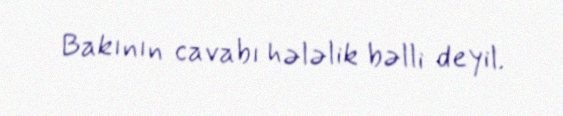
Bakının cavabı hələlik bəlli deyil.